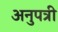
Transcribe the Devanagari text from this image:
अनुपत्री